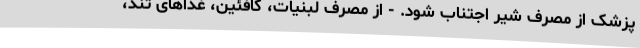
پزشک از مصرف شیر اجتناب شود. - از مصرف لبنیات، کافئین، غذاهای تند،